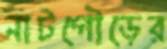
নাটগৌড়ের